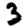
Digit: 3